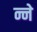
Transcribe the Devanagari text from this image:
न्ने